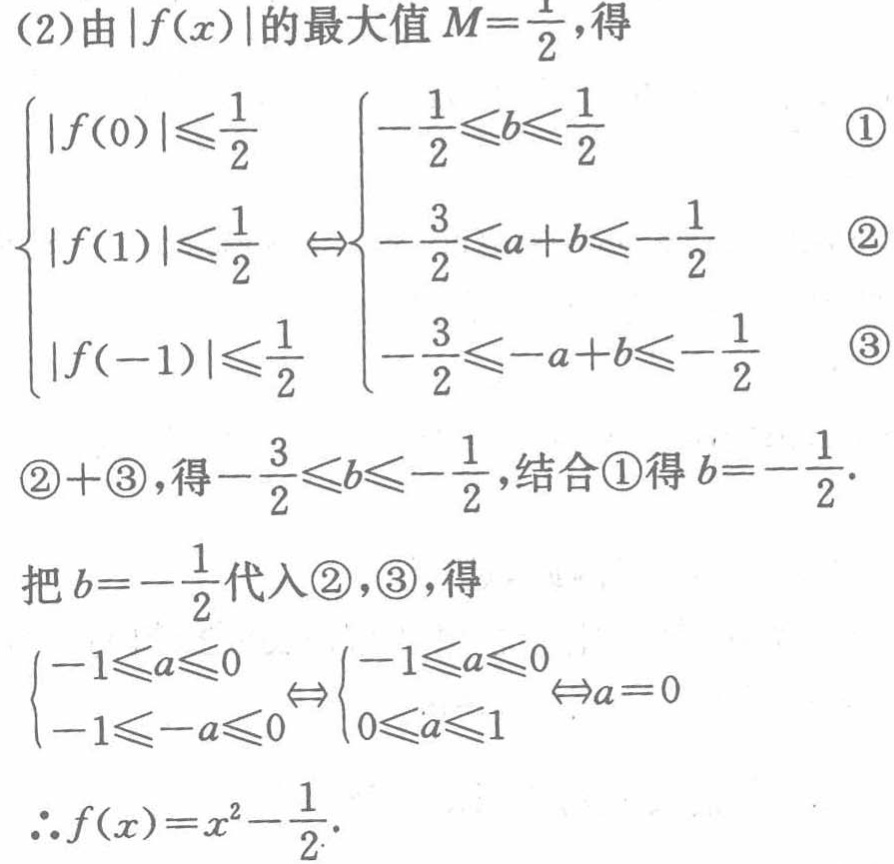
(2)由\(\vert f(x)\vert\)的最大值\(M = \frac{1}{2}\)，得
\(\begin{cases}
\vert f(0)\vert\leqslant\frac{1}{2} & \begin{cases}
-\frac{1}{2}\leqslant b\leqslant\frac{1}{2} & \textcircled{1}
\end{cases}\\
\vert f(1)\vert\leqslant\frac{1}{2} & \Leftrightarrow\begin{cases}
-\frac{3}{2}\leqslant a + b\leqslant-\frac{1}{2} & \textcircled{2}
\end{cases}\\
\vert f(-1)\vert\leqslant\frac{1}{2} & \begin{cases}
-\frac{3}{2}\leqslant -a + b\leqslant-\frac{1}{2} & \textcircled{3}
\end{cases}
\end{cases}\)
\textcircled{2} + \textcircled{3}，得\(-\frac{3}{2}\leqslant b\leqslant-\frac{1}{2}\)，结合\textcircled{1}得\(b = -\frac{1}{2}\)．
把\(b = -\frac{1}{2}\)代入\textcircled{2}，\textcircled{3}，得
\(\begin{cases}
-1\leqslant a\leqslant0 \\
-1\leqslant -a\leqslant0
\end{cases}\Leftrightarrow\begin{cases}
-1\leqslant a\leqslant0 \\
0\leqslant a\leqslant1
\end{cases}\Leftrightarrow a = 0\)
\(\therefore f(x)=x^{2}-\frac{1}{2}\)．